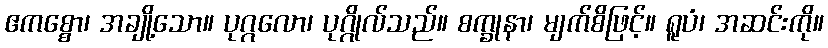
ဧကစ္စော၊ အချို့သော။ ပုဂ္ဂလော၊ ပုဂ္ဂိုလ်သည်။ စက္ခုနာ၊ မျက်စိဖြင့်။ ရူပံ၊ အဆင်းကို။